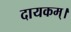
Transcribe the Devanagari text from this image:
दायकम्।